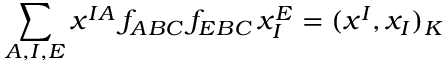
\sum _ { A , I , E } x ^ { I A } \, f _ { A B C } \, f _ { E B C } \, x _ { I } ^ { E } = ( x ^ { I } , x _ { I } ) _ { K }